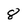
Character: 8